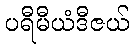
ပရီမီယံဒီဇယ်